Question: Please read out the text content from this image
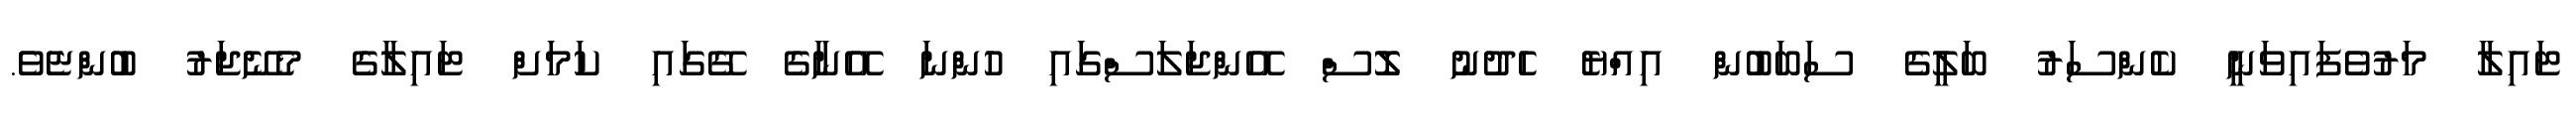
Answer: ޓައިލާ މަރުވެފައިވަނީ ކެންސަރު ބަލީގެ ސަބަބުން އިއްޔެ ހެދުނު ލޮސް އޭންޖަލަސްގައި ހުންނަ އޭނާގެ ގޭގައި ކަމަށް ޓައިލާގެ މެނޭޖަރު ބުންޏެވެ.